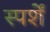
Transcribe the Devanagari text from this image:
स्पर्शें